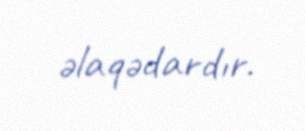
əlaqədardır.